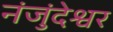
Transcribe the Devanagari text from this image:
नंजुंदेश्वर